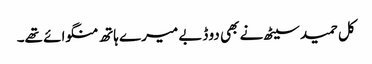
کل حمید سیٹھ نے بھی دو ڈبے میرے ہاتھ منگوائے تھے۔